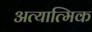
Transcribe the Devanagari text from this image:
अत्यात्मिक